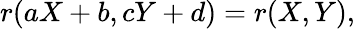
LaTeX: r(aX+b,cY+d)=r(X,Y),